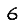
Digit: 6